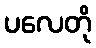
ပလေတို